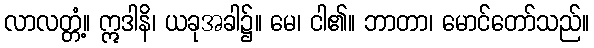
လာလတ္တံ့။ ဣဒါနိ၊ ယခုအခါ၌။ မေ၊ ငါ၏။ ဘာတာ၊ မောင်တော်သည်။